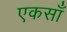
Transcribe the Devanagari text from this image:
एकसाँ